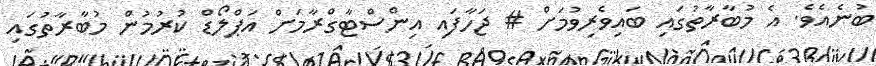
ބުނެއެވެ. އެ މުބާރާތުގައި ބައިވެރިވުމަށް # ޖަހާފައި އިންސްޓާގްރާމަށް އަޕްލޯޑް ކުރުމުން މުބާރާތުގައި